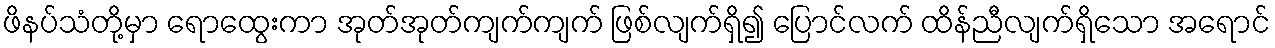
ဖိနပ်သံတို့မှာ ရောထွေးကာ အုတ်အုတ်ကျက်ကျက် ဖြစ်လျက်ရှိ၍ ပြောင်လက် ထိန်ညီလျက်ရှိသော အရောင်